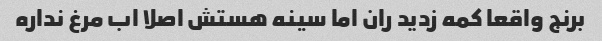
برنج واقعا کمه زدید ران اما سینه هستش اصلا اب مرغ نداره